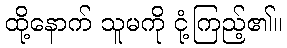
ထို့နောက် သူမကို ငုံ့ကြည့်၏။